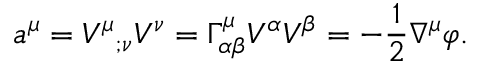
a ^ { \mu } = V ^ { \mu } { } _ { ; \nu } V ^ { \nu } = \Gamma _ { \alpha \beta } ^ { \mu } V ^ { \alpha } V ^ { \beta } = - { \frac { 1 } { 2 } } \nabla ^ { \mu } \varphi .